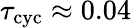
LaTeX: \tau_{\mathrm{cyc}}\approx 0.04